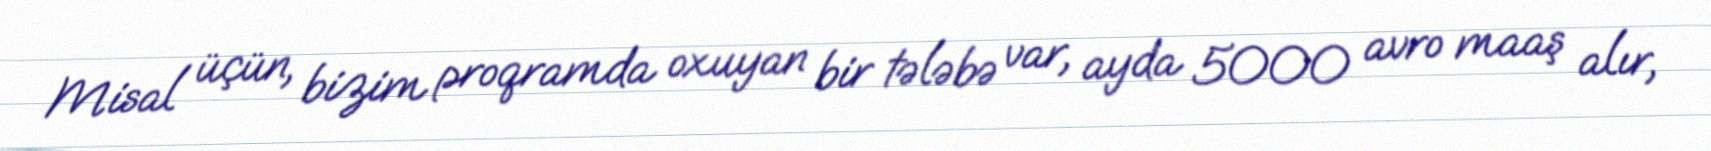
Misal üçün, bizim proqramda oxuyan bir tələbə var, ayda 5000 avro maaş alır,